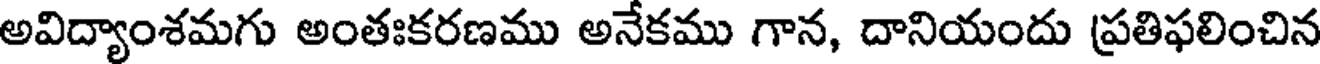
అవిద్యాంశమగు అంతఃకరణము అనేకము గాన, దానియందు ప్రతిఫలించిన